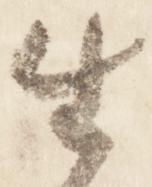
生